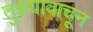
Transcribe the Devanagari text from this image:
तुझ्यावाचून